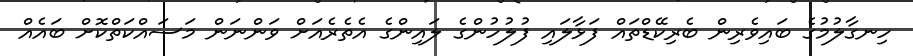
ހިނގާލުމުގެ ބައިވެރިން ބެރިކޭޑްތައް ފަޅާލައި ފުލުހުންގެ ލައިންގެ އެތެރެއަށް ވަންނަން މަސައްކަތްކޮށް ބައެއް